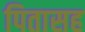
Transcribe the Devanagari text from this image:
पितासह